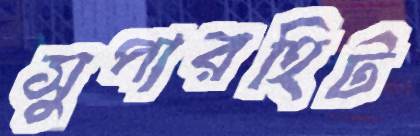
সুপারহিট